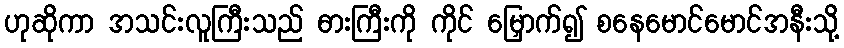
ဟုဆိုကာ အသင်းလူကြီးသည် ဓားကြီးကို ကိုင် မြှောက်၍ စနေမောင်မောင်အနီးသို့